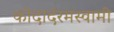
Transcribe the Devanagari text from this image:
कोदादंरमस्वामी